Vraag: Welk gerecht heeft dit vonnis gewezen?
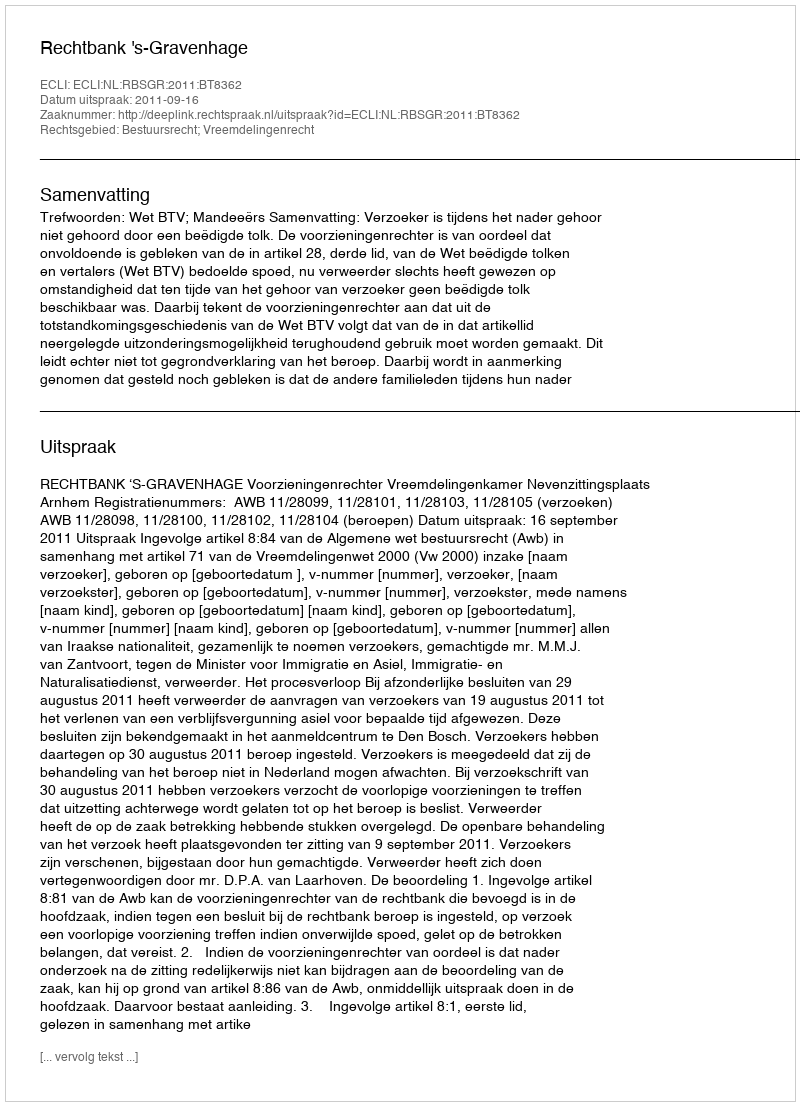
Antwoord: Rechtbank 's-Gravenhage